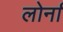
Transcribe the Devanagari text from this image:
लोर्ना